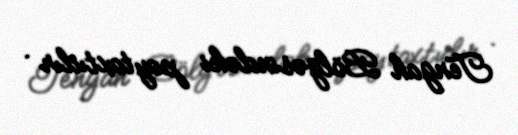
Tengah Bölgəsindəki paytaxtıdır .